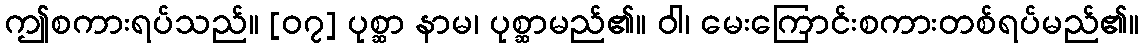
ဤစကားရပ်သည်။ [၀၇] ပုစ္ဆာ နာမ၊ ပုစ္ဆာမည်၏။ ဝါ၊ မေးကြောင်းစကားတစ်ရပ်မည်၏။